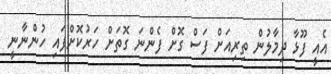
އެއީ ފޫޅާ ދިމާލުން ތިރިއަށް ފަސް ގޮށް ފެންނަ ގޮތަށް ހަރުކޮށްފައި ހުންނާނީ